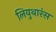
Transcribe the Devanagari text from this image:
लियुथारंस